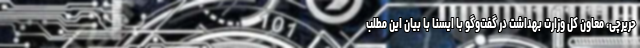
حریرچی، معاون کل وزارت بهداشت در گفت‌وگو با ایسنا با بیان این مطلب